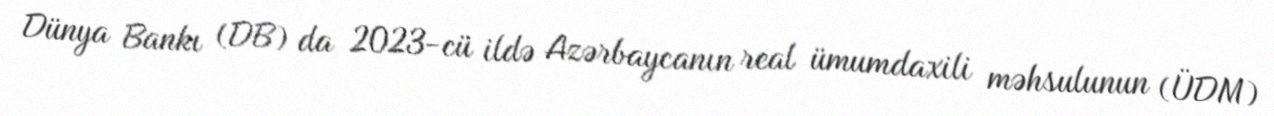
Dünya Bankı (DB) da 2023-cü ildə Azərbaycanın real ümumdaxili məhsulunun (ÜDM)